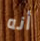
أنه